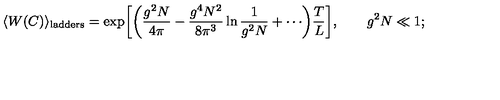
\langle W ( C ) \rangle _ { \mathrm { l a d d e r s } } = \exp \biggl [ \biggl ( \frac { g ^ { 2 } N } { 4 \pi } - \frac { g ^ { 4 } N ^ { 2 } } { 8 \pi ^ { 3 } } \ln \frac { 1 } { g ^ { 2 } N } + \cdots \biggr ) \frac { T } { L } \biggr ] , \qquad g ^ { 2 } N \ll 1 ;